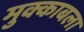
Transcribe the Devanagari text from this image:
मुक्काबला